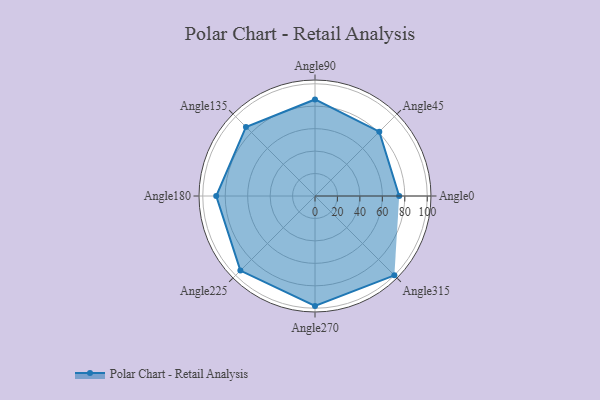
{"axis": {"x": "Angle", "y": "Radius"}, "legend": [""], "data": [{"x": "Angle0", "y": 75.0, "type": ""}, {"x": "Angle45", "y": 81.0, "type": ""}, {"x": "Angle90", "y": 86.0, "type": ""}, {"x": "Angle135", "y": 87.0, "type": ""}, {"x": "Angle180", "y": 88.0, "type": ""}, {"x": "Angle225", "y": 94.0, "type": ""}, {"x": "Angle270", "y": 98.0, "type": ""}, {"x": "Angle315", "y": 100.0, "type": ""}]}